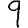
Digit: 9